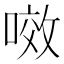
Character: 𭉲